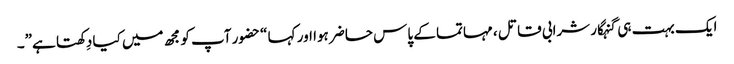
ایک بہت ہی گنہگار شرابی قاتل ، مہاتما کے پاس حاضر ہوا اور کہا “حضور آپ کو مجھ میں کیا دِکھتا ہے”۔